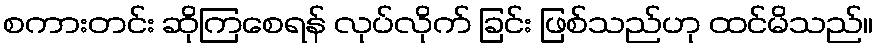
စကားတင်း ဆိုကြစေရန် လုပ်လိုက် ခြင်း ဖြစ်သည်ဟု ထင်မိသည်။